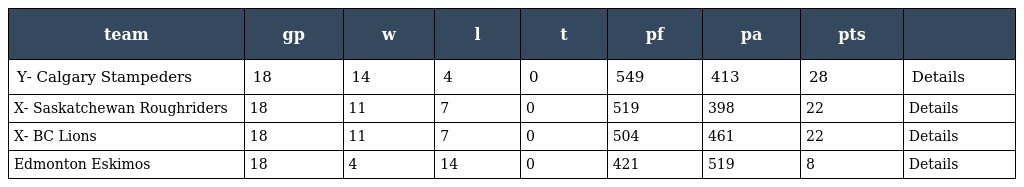
| team | gp | w | l | t | pf | pa | pts |  |
 | --- | --- | --- | --- | --- | --- | --- | --- | --- |
 | Y- Calgary Stampeders | 18 | 14 | 4 | 0 | 549 | 413 | 28 | Details |
 | X- Saskatchewan Roughriders | 18 | 11 | 7 | 0 | 519 | 398 | 22 | Details |
 | X- BC Lions | 18 | 11 | 7 | 0 | 504 | 461 | 22 | Details |
 | Edmonton Eskimos | 18 | 4 | 14 | 0 | 421 | 519 | 8 | Details |